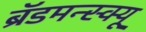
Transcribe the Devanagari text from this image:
ब्रॅडमन्स्क्यू